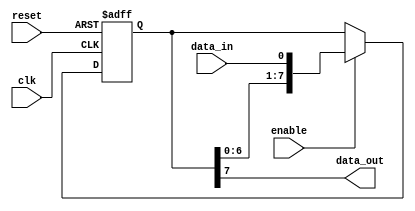
module PISO_shift_register (
    input wire clk,
    input wire reset,
    input wire enable,
    input wire data_in,
    output reg data_out
);

reg [7:0] shift_register;

always @ (posedge clk or posedge reset)
begin
    if (reset)
        shift_register <= 8'b00000000;
    else if (enable)
        shift_register <= {shift_register[6:0], data_in};
end

assign data_out = shift_register[7];

endmodule